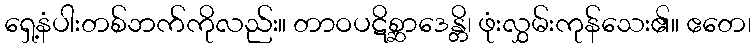
ရှေ့နံပါးတစ်ဘက်ကိုလည်း။ တာဝပဋိစ္ဆာဒေန္တိ၊ ဖုံးလွှမ်းကုန်သေး၏။ ဧတေ၊